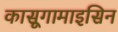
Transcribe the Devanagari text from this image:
कासूगामाइसिन